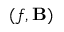
( f , { \mathbf B } )